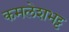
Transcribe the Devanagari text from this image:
कमलेशभट्ट